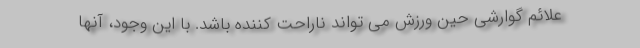
علائم گوارشی حین ورزش می تواند ناراحت کننده باشد. با این وجود، آنها